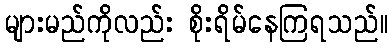
များမည်ကိုလည်း စိုးရိမ်နေကြရသည်။